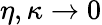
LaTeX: \eta,\kappa\to 0